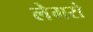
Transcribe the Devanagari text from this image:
लेमरो